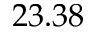
2 3 . 3 8